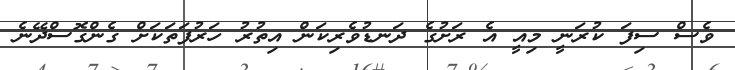
ވެސް ސިފަ ކުރަނީ މިއީ އެ ރަށުގެ ދަނޑުވެރިކަން އިތުރު ހަރުފަތަކަށް ގެންގޮސްދޭނެ